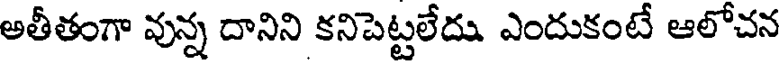
అతీతంగా వున్న దానిని కనిపెట్టలేదు ఎందుకంటే ఆలోచన